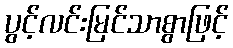
ပွင့်လင်းမြင်သာစွာဖြင့်